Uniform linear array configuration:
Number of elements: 48
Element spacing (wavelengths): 1
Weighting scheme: hann
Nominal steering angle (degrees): -60
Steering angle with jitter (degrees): -60.5
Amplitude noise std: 0.05
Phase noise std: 0.05

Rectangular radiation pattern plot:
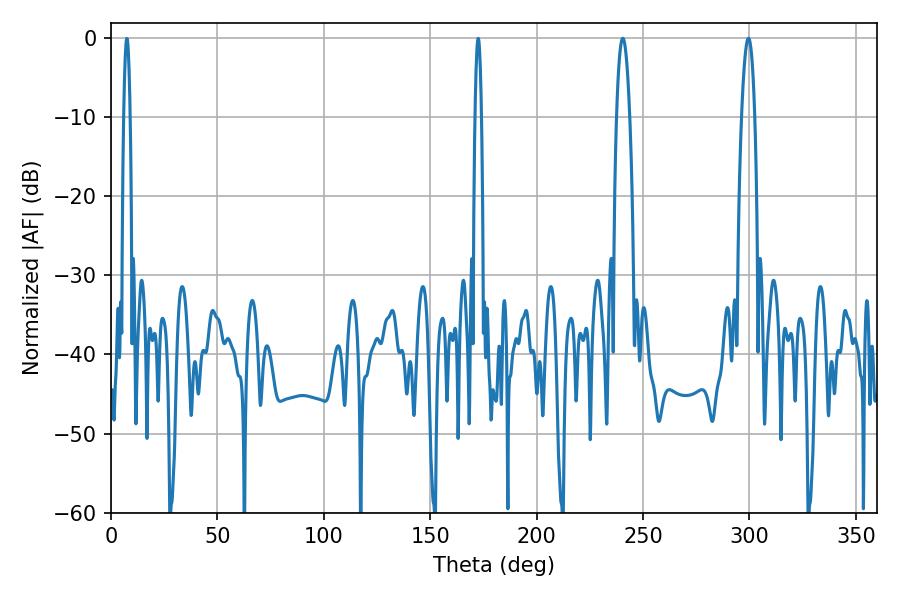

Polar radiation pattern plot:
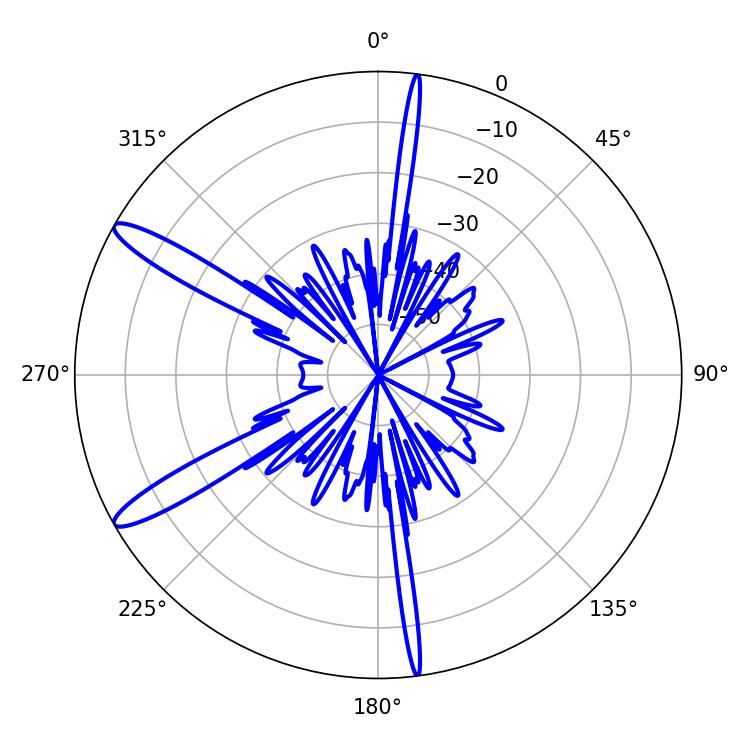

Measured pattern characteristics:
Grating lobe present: TRUE
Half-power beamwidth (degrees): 3.42
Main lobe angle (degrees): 240.48